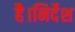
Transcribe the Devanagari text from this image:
है।निर्देश